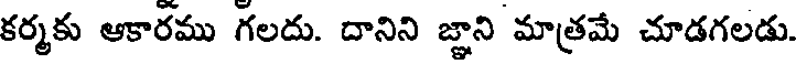
కర్మకు ఆకారము గలదు. దానిని జ్ఞాని మాత్రమే చూడగలడు.